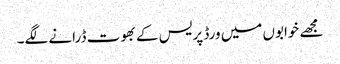
مجھے خوابوں میں ورڈ پریس کے بھوت ڈرانے لگے۔